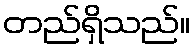
တည်ရှိသည်။